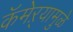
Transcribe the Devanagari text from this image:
कॅमेऱ्यामुळे